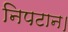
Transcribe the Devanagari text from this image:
निपटान।